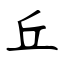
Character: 丘